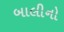
બાલીનો